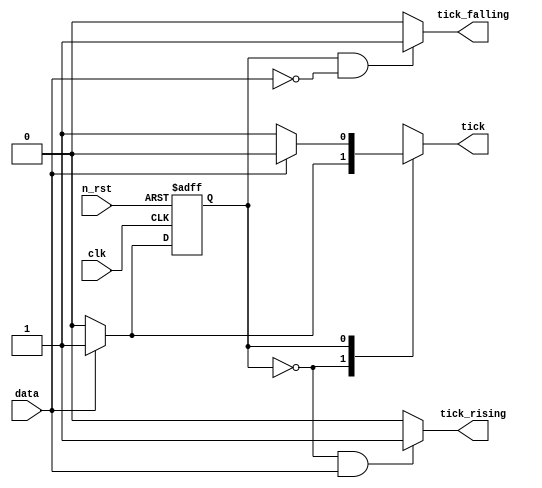
module edge_detection(
    clk,
    n_rst,
    data,
    tick,
    tick_rising,
    tick_falling
);

    input clk;
    input n_rst;
    input data;

    output tick;
    output tick_rising;
    output tick_falling;
    
    reg tick;

    reg state;
    reg next_state;

    localparam S_LOW = 1'b0;
    localparam S_HIGH = 1'b1;

    always @(posedge clk or negedge n_rst)
    if(!n_rst) state <= S_LOW;
    else       state <= next_state;

    always @(state or data)
        case(state)
        S_LOW  : begin
            next_state = (data == 1'b1) ? S_HIGH  : state;
            tick = (data == 1'b1)? 1'b1 : 1'b0; 
        end
        S_HIGH : begin
            next_state = (data == 1'b0) ? S_LOW   : state;
            tick = (data == 1'b0)? 1'b1 : 1'b0;

        end
        default: next_state = S_LOW;
        endcase

    assign tick_rising = ((state == S_LOW)&&(data == 1'b1))? 1'b1 : 1'b0;
    assign tick_falling = ((state == S_HIGH)&&(data == 1'b0))? 1'b1 : 1'b0;

endmodule